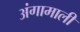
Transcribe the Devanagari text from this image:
अंगामाली